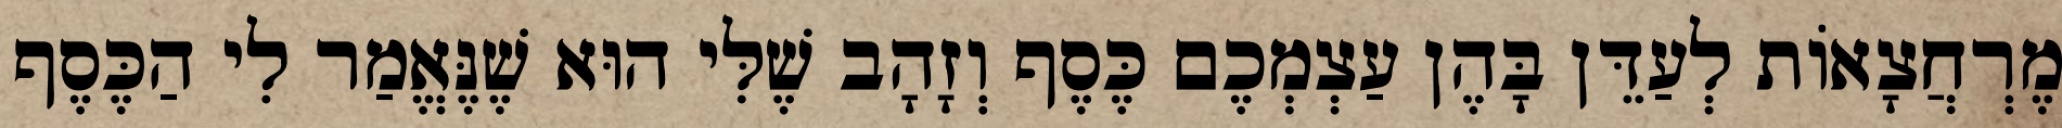
מֶרְחֲצָאוֹת לְעַדֵּן בָּהֶן עַצְמְכֶם כֶּסֶף וְזָהָב שֶׁלִּי הוּא שֶׁנֶּאֱמַר לִי הַכֶּסֶף